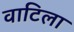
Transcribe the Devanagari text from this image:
वाटिला